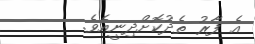
އެ ފާރު ތެދުކޮށްދިނީއެވެ.